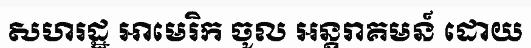
សហរដ្ឋ អាមេរិក ចូល អន្តរាគមន៍ ដោយ